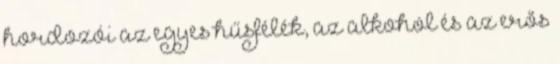
hordozói az egyes hűsfélék, az alkohol és az erős